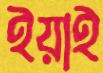
ইয়াই